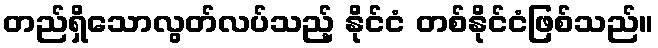
တည်ရှိသောလွတ်လပ်သည့် နိုင်ငံ တစ်နိုင်ငံဖြစ်သည်။